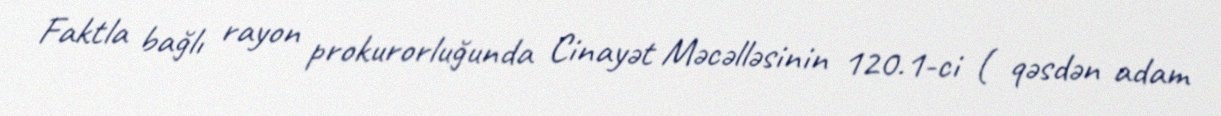
Faktla bağlı rayon prokurorluğunda Cinayət Məcəlləsinin 120.1-ci ( qəsdən adam